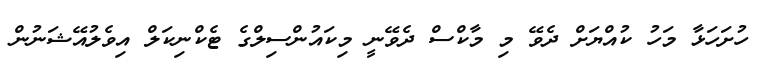
ހުށަހަޅާ މަހު ކުއްޔަށް ދެވޭ މި މާކްސް ދެވޭނީ މިކައުންސިލްގެ ޓެކްނިކަލް އިވެލުއޭޝަނުން